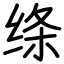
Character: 绦